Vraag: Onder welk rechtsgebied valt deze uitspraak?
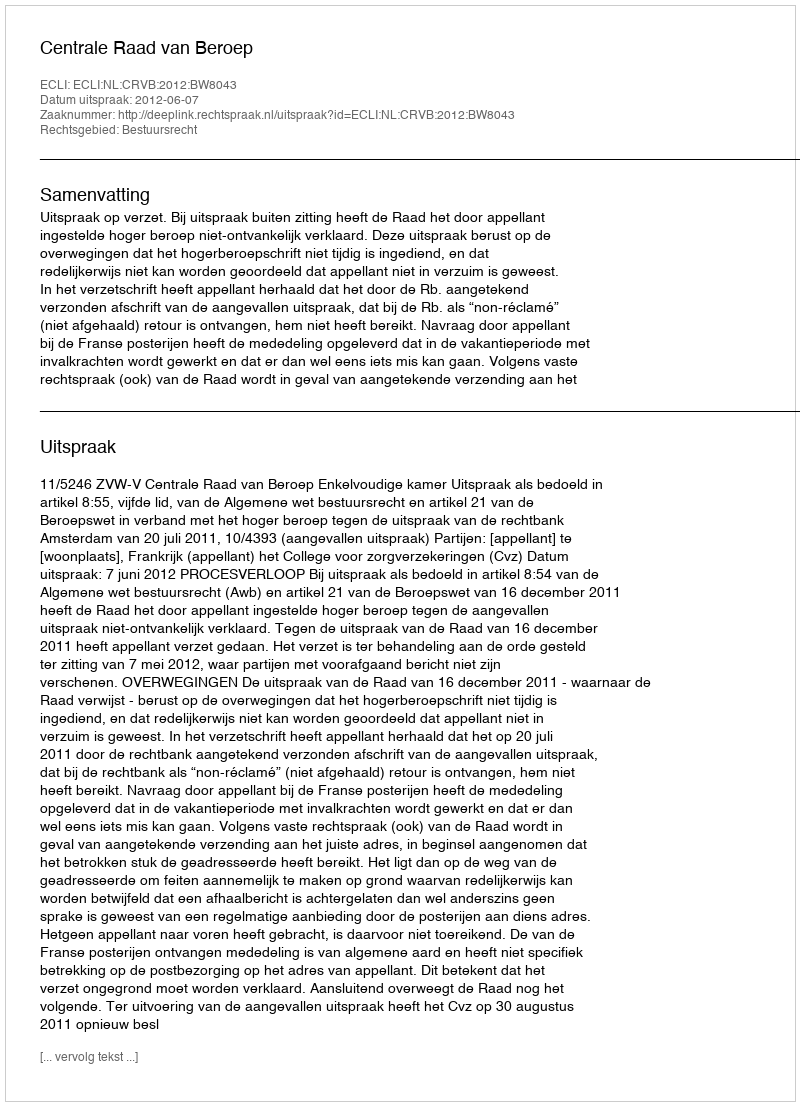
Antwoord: Bestuursrecht